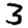
Digit: 3